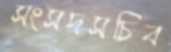
সংসদসচিব